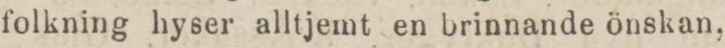
folkning hyser alltjemt en brinnande önskan,